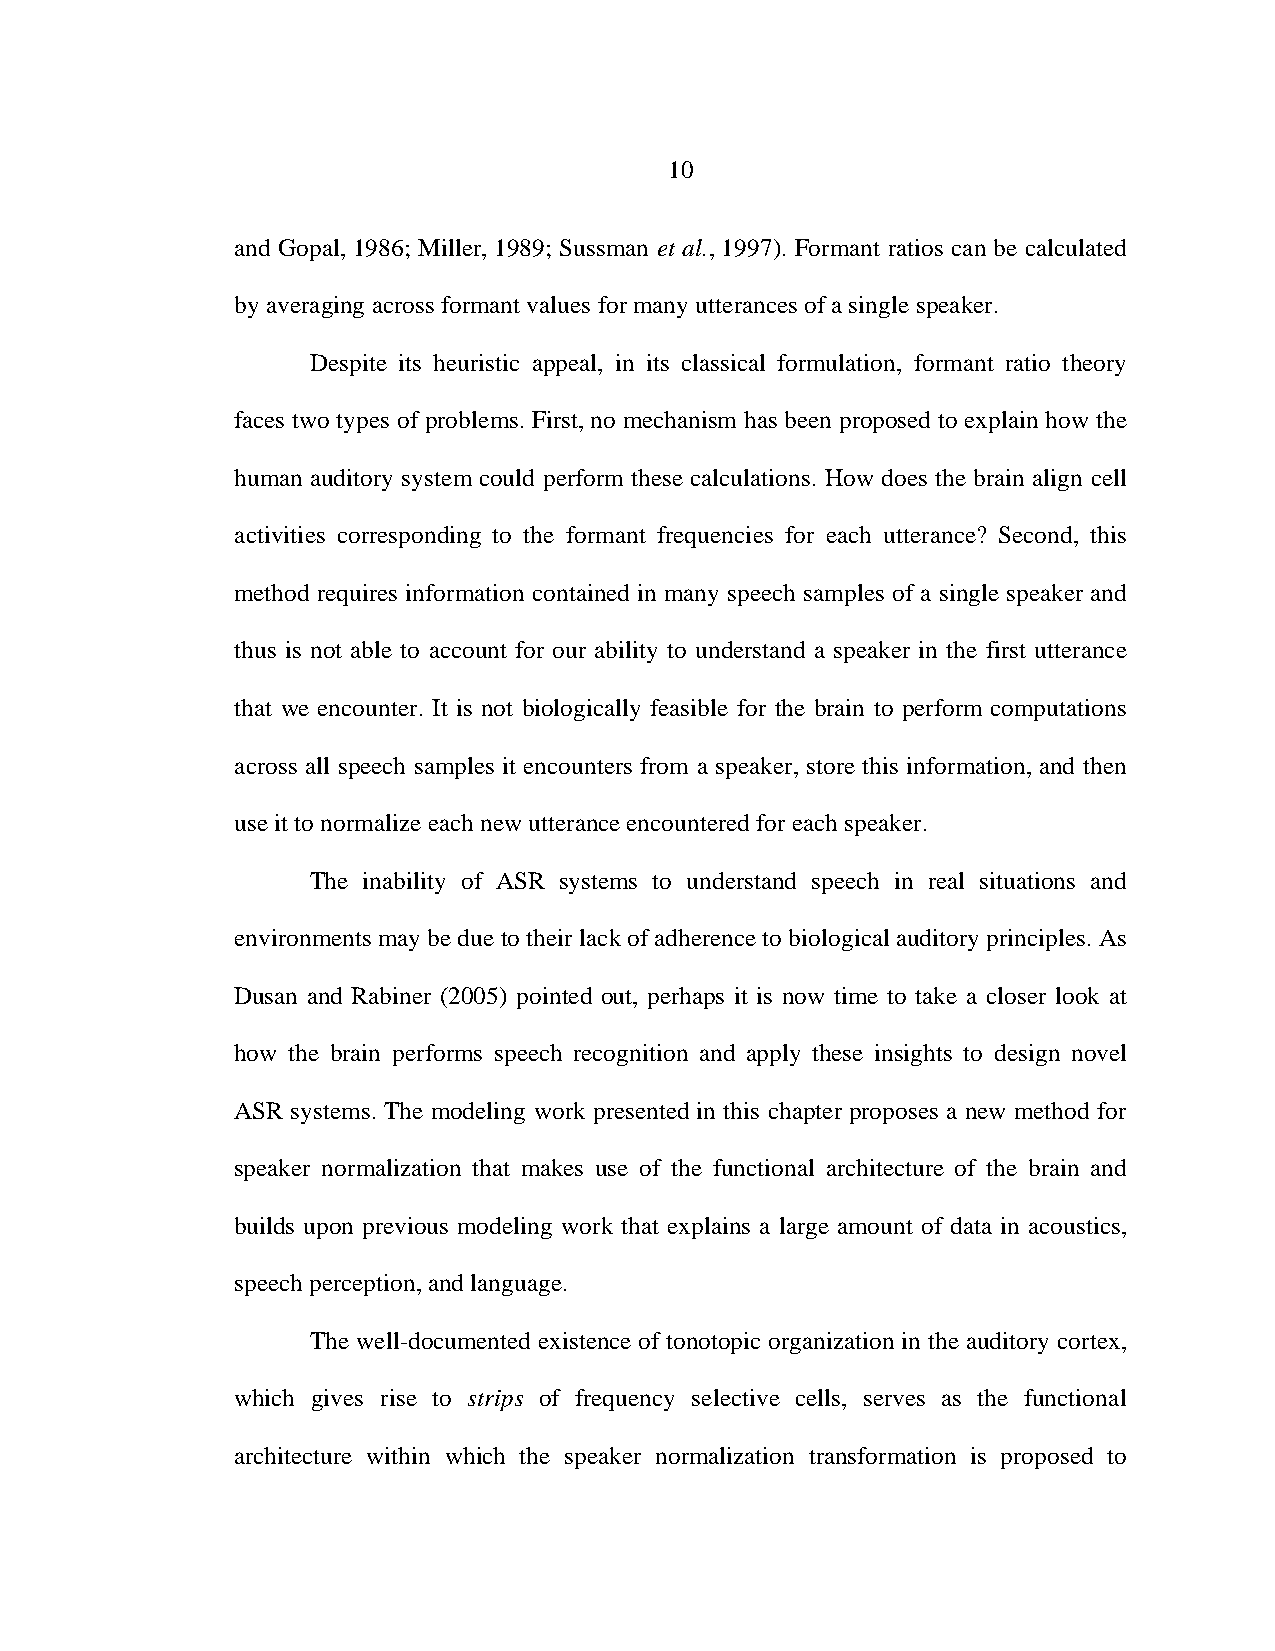
10
 and Gopal, 1986; Miller, 1989; Sussman et al., 1997). Formant ratios can be calculated
 by averaging across formant values for many utterances of a single speaker.
 Despite its heuristic appeal, in its classical formulation, formant ratio theory
 faces two types of problems. First, no mechanism has been proposed to explain how the
 human auditory system could perform these calculations. How does the brain align cell
 activities corresponding to the formant frequencies for each utterance? Second, this
 method requires information contained in many speech samples of a single speaker and
 thus is not able to account for our ability to understand a speaker in the first utterance
 that we encounter. It is not biologically feasible for the brain to perform computations
 across all speech samples it encounters from a speaker, store this information, and then
 use it to normalize each new utterance encountered for each speaker.
 The inability of ASR systems to understand speech in real situations and
 environments may be due to their lack of adherence to biological auditory principles. As
 Dusan and Rabiner (2005) pointed out, perhaps it is now time to take a closer look at
 how the brain performs speech recognition and apply these insights to design novel
 ASR systems. The modeling work presented in this chapter proposes a new method for
 speaker normalization that makes use of the functional architecture of the brain and
 builds upon previous modeling work that explains a large amount of data in acoustics,
 speech perception, and language.
 The well-documented existence of tonotopic organization in the auditory cortex,
 which gives rise to strips of frequency selective cells, serves as the functional
 architecture within which the speaker normalization transformation is proposed to